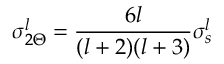
\sigma _ { 2 \Theta } ^ { l } = { \frac { 6 l } { ( l + 2 ) ( l + 3 ) } } \sigma _ { s } ^ { l }